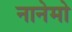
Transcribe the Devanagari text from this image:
नानेमो